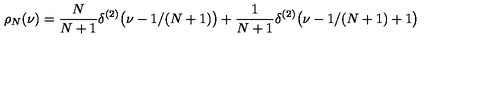
\rho _ { N } ( \nu ) = { \frac { N } { N + 1 } } \delta ^ { ( 2 ) } \bigl ( \nu - 1 / ( N + 1 ) \bigr ) + { \frac { 1 } { N + 1 } } \delta ^ { ( 2 ) } \bigl ( \nu - 1 / ( N + 1 ) + 1 \bigr )